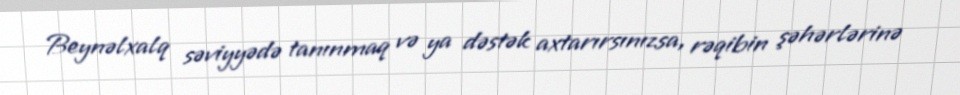
Beynəlxalq səviyyədə tanınmaq və ya dəstək axtarırsınızsa, rəqibin şəhərlərinə